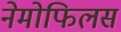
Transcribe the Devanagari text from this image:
नेमोफिलस